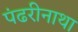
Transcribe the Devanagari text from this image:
पंढरीनाथा